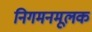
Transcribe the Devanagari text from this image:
निगमनमूलक